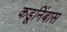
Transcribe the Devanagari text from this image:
कडूनिंबास